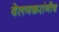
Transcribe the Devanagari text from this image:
वेलणकरांनीच